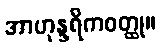
အာဟုန္ဒရိကဝတ္ထု။